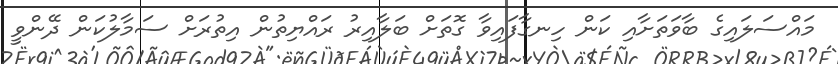
މައްސަލައިގެ ބާވަތަށާއި ކަން ހިނގާފައިވާ ގޮތަށް ބަލާއިރު ރައްޔިތުން އިތުރަށް ސަމާލުކަން ދޭންވީ